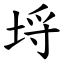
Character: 埒